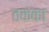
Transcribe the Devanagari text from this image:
तकका